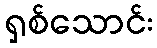
ရှစ်သောင်း